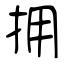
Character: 拥